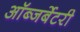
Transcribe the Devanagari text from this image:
ऑब्जर्बेटरी